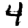
Digit: 4